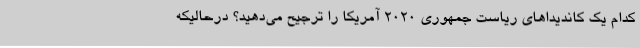
کدام یک کاندیداهای ریاست جمهوری 2020 آمریکا را ترجیح می‌دهید؟ درحالیکه